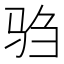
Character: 驺